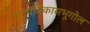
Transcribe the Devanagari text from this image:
पादपविकासभूगोल